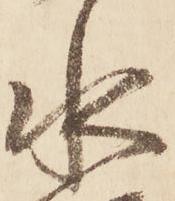
水